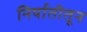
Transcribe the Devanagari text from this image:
निर्यातीतून